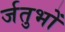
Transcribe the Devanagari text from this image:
र्जतुभों